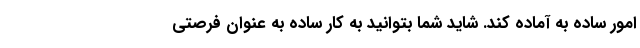
امور ساده به آماده کند. شاید شما بتوانید به کار ساده به عنوان فرصتی